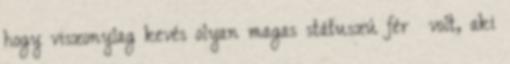
hogy viszonylag kevés olyan magas státuszú férﬁ volt, aki